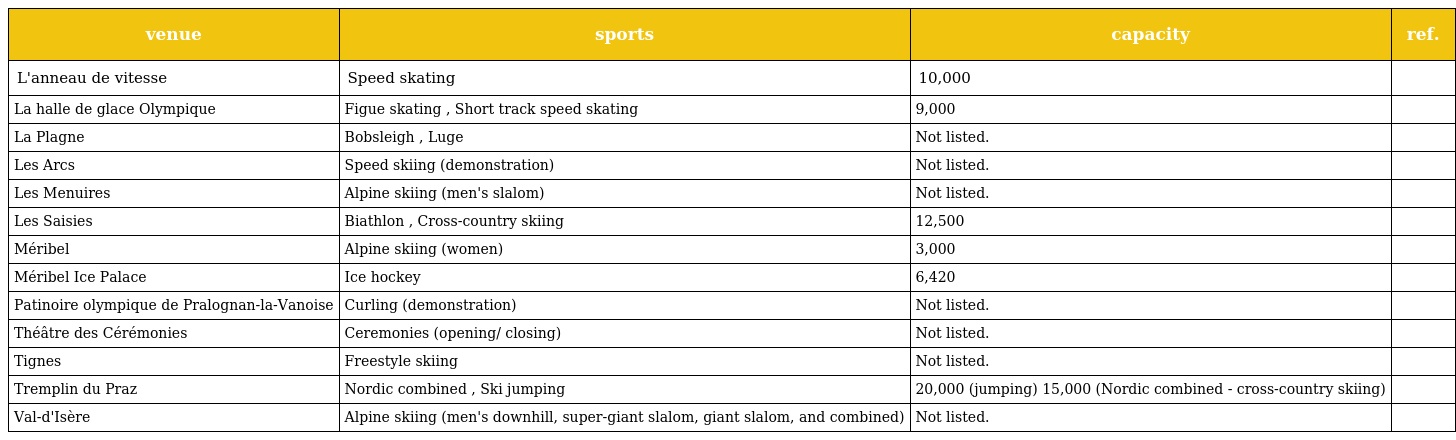
| venue | sports | capacity | ref. |
 | --- | --- | --- | --- |
 | L'anneau de vitesse | Speed skating | 10,000 |  |
 | La halle de glace Olympique | Figue skating , Short track speed skating | 9,000 |  |
 | La Plagne | Bobsleigh , Luge | Not listed. |  |
 | Les Arcs | Speed skiing (demonstration) | Not listed. |  |
 | Les Menuires | Alpine skiing (men's slalom) | Not listed. |  |
 | Les Saisies | Biathlon , Cross-country skiing | 12,500 |  |
 | Méribel | Alpine skiing (women) | 3,000 |  |
 | Méribel Ice Palace | Ice hockey | 6,420 |  |
 | Patinoire olympique de Pralognan-la-Vanoise | Curling (demonstration) | Not listed. |  |
 | Théâtre des Cérémonies | Ceremonies (opening/ closing) | Not listed. |  |
 | Tignes | Freestyle skiing | Not listed. |  |
 | Tremplin du Praz | Nordic combined , Ski jumping | 20,000 (jumping) 15,000 (Nordic combined - cross-country skiing) |  |
 | Val-d'Isère | Alpine skiing (men's downhill, super-giant slalom, giant slalom, and combined) | Not listed. |  |